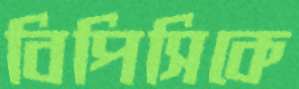
বিপিসিকে